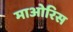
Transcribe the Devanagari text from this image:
माओरिस